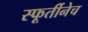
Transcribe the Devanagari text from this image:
स्फूर्तीनेच